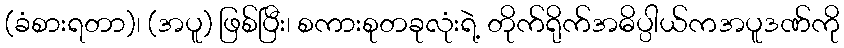
(ခံစားရတာ)၊ (အပူ) ဖြစ်ပြီး၊ စကားစုတခုလုံးရဲ့ တိုက်ရိုက်အဓိပ္ပါယ်ကအပူဒဏ်ကို